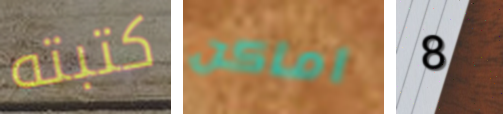
كتبته اماكن 8